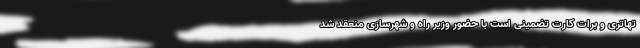
تهاتری و برات کارت تضمینی است با حضور وزیر راه و شهرسازی منعقد شد